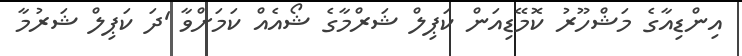
އިންޑިއާގެ މަޝްހޫރު ކޮމޭޑިއަން ކަޕިލް ޝަރްމާގެ ޝޯއެއް ކަމަށްވާ 'ދަ ކަޕިލް ޝަރުމާ